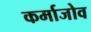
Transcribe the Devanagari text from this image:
कर्माजोव